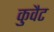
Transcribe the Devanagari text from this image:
कुवैट